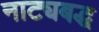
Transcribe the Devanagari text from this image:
नाट्यबद्ध